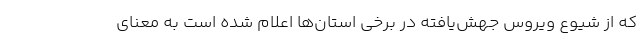
که از شیوع ویروس جهش‌یافته در برخی استان‌ها اعلام شده است به معنای